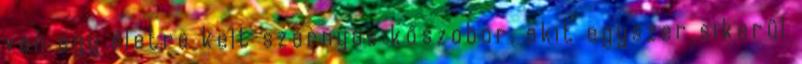
van egy életre kelt szárnyas kőszobor, akit egyszer sikerül